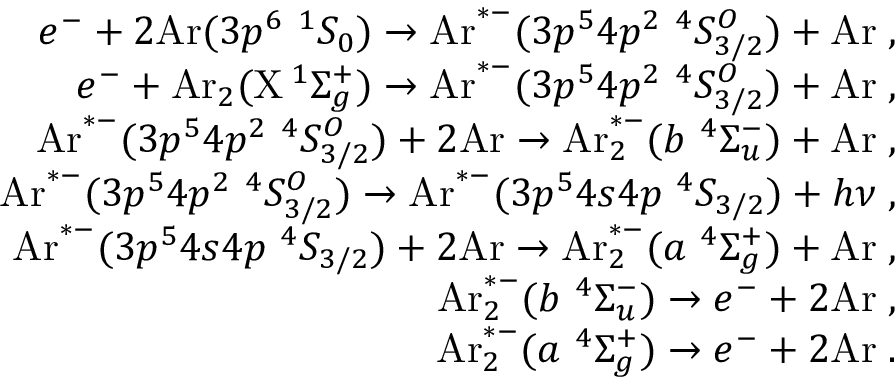
\begin{array} { r } { e ^ { - } + 2 \mathrm { A r } ( 3 p ^ { 6 } \ ^ { 1 } S _ { 0 } ) \rightarrow \mathrm { A r } ^ { * - } ( 3 p ^ { 5 } 4 p ^ { 2 } \ ^ { 4 } S _ { 3 / 2 } ^ { O } ) + \mathrm { A r } \; , } \\ { e ^ { - } + \mathrm { A r } _ { 2 } ( \mathrm { X } \, ^ { 1 } \Sigma _ { g } ^ { + } ) \rightarrow \mathrm { A r } ^ { * - } ( 3 p ^ { 5 } 4 p ^ { 2 } \ ^ { 4 } S _ { 3 / 2 } ^ { O } ) + \mathrm { A r } \; , } \\ { \mathrm { A r } ^ { * - } ( 3 p ^ { 5 } 4 p ^ { 2 } \ ^ { 4 } S _ { 3 / 2 } ^ { O } ) + 2 \mathrm { A r } \rightarrow \mathrm { A r } _ { 2 } ^ { * - } ( b \ ^ { 4 } \Sigma _ { u } ^ { - } ) + \mathrm { A r } \; , } \\ { \mathrm { A r } ^ { * - } ( 3 p ^ { 5 } 4 p ^ { 2 } \ ^ { 4 } S _ { 3 / 2 } ^ { O } ) \rightarrow \mathrm { A r } ^ { * - } ( 3 p ^ { 5 } 4 s 4 p \ ^ { 4 } S _ { 3 / 2 } ) + h \nu \; , } \\ { \mathrm { A r } ^ { * - } ( 3 p ^ { 5 } 4 s 4 p \ ^ { 4 } S _ { 3 / 2 } ) + 2 \mathrm { A r } \rightarrow \mathrm { A r } _ { 2 } ^ { * - } ( a \ ^ { 4 } \Sigma _ { g } ^ { + } ) + \mathrm { A r } \; , } \\ { \mathrm { A r } _ { 2 } ^ { * - } ( b \ ^ { 4 } \Sigma _ { u } ^ { - } ) \rightarrow e ^ { - } + 2 \mathrm { A r } \; , } \\ { \mathrm { A r } _ { 2 } ^ { * - } ( a \ ^ { 4 } \Sigma _ { g } ^ { + } ) \rightarrow e ^ { - } + 2 \mathrm { A r } \; . } \end{array}